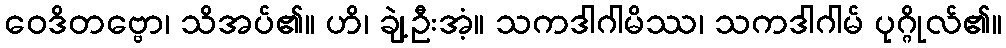
ဝေဒိတဗ္ဗော၊ သိအပ်၏။ ဟိ၊ ချဲ့ဦးအံ့။ သကဒါဂါမိဿ၊ သကဒါဂါမ် ပုဂ္ဂိုလ်၏။